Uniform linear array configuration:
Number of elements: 16
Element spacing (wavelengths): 0.25
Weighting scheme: hamming
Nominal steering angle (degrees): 0
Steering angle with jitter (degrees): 1.633
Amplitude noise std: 0.05
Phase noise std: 0.05

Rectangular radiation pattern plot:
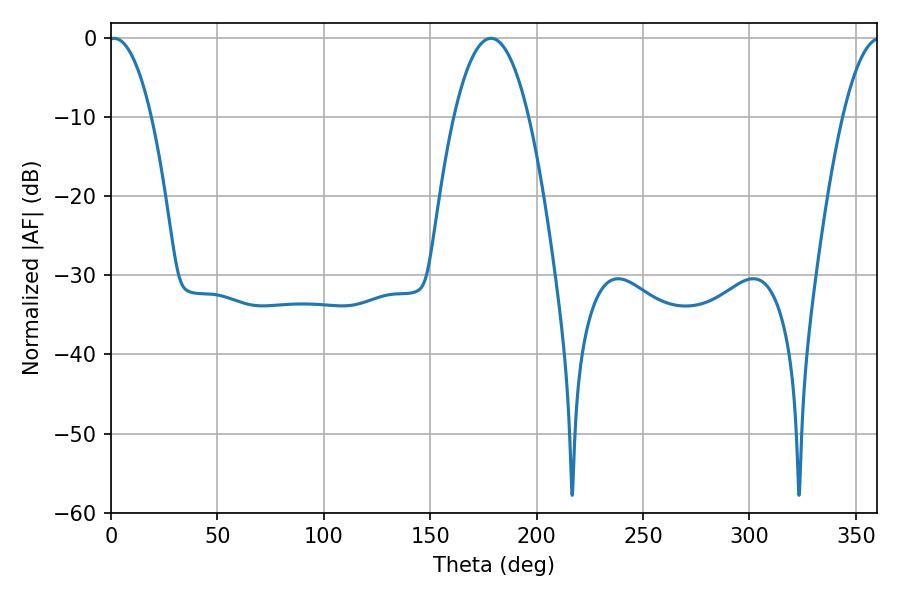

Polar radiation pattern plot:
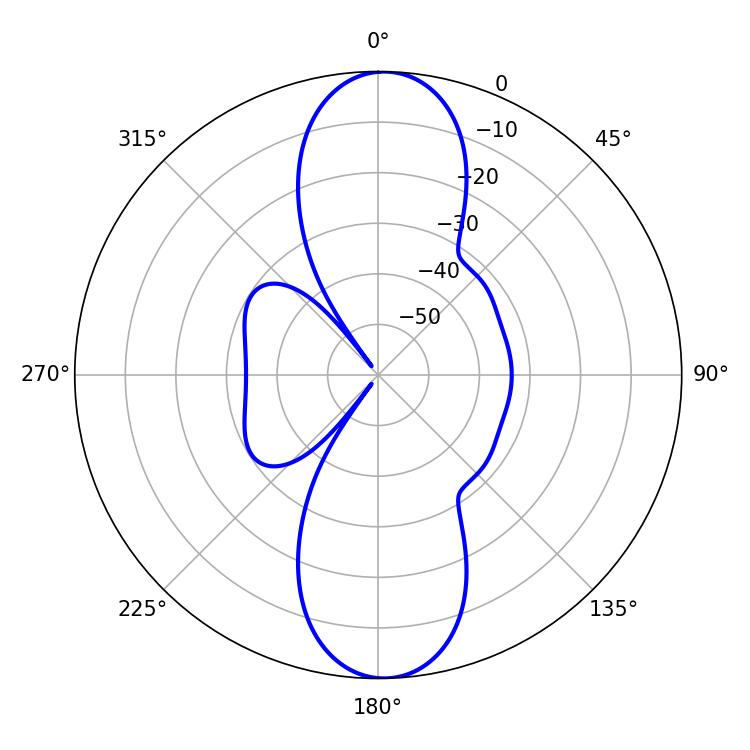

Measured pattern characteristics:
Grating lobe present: FALSE
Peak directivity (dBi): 20.64
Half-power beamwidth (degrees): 19.44
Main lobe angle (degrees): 178.56